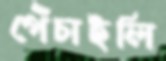
পেঁচাইলি